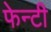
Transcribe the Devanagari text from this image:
फेन्टी